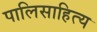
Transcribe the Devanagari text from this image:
पालिसाहित्य